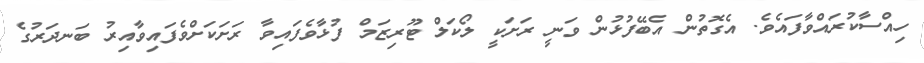
ހިއްސާކުރައްވާފައެވެ. އެގޮތުން އެބޭފުޅުން ވަނީ ރަށަކީ ލޯކަލް ޓޫރިޒަމް ފުޅާވެފައިވާ ރަށަކަށްވެފައިވާއިރު ބަނދަރުގެ